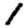
Digit: 1